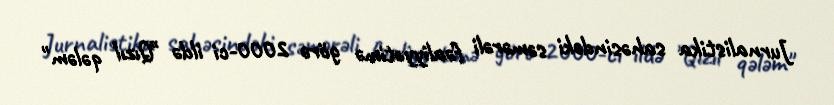
Jurnalistika sahəsindəki səmərəli fəaliyyətimə görə 2000-ci ildə "Qızıl qələm"